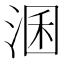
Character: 𱦳